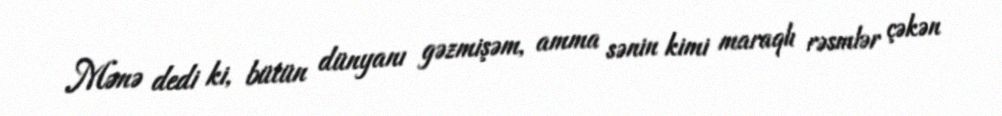
Mənə dedi ki, bütün dünyanı gəzmişəm, amma sənin kimi maraqlı rəsmlər çəkən